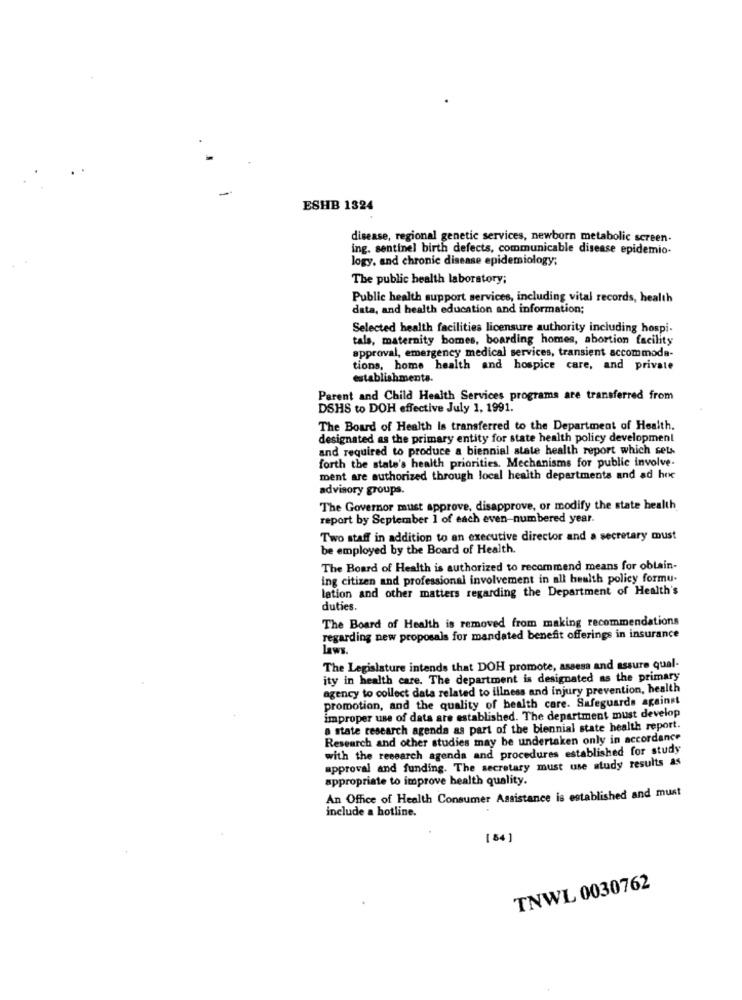
-
ESHB 1324
disease, regional genetic services, newborn metabolic screen-
ing. sentinel birth defects, communicable disease epidemio-
logy, and chronic disease epidemiology;
The public health laboratory;
Public health support services, including vital records, health
data, and health education and information;
Selected health facilities licensure authority including hospi-
tals, maternity bomes, boarding homes, abortion facility
approval, emergency medical services, transient accommoda-
tions, home health and hospice care, and private
establishments.
Parent and Child Health Services programs are transferred from
DSHS to DOH effective July 1, 1991.
The Board of Health Is transferred to the Department of Health.
designated as the primary entity for state health policy development
and required to produce a biennial state health report which sets
forth the state's health priorities. Mechanisms for public involve-
ment are authorized through local health departments and ad hoc
advisory groups.
The Governor must approve, disapprove, or modify the state health
report by September 1 of each even-numbered year.
Two staff in addition to an executive director and a secretary must
be employed by the Board of Health.
The Board of Health is authorized to recommend means for obtain-
ing citizen and professional involvement in all health policy formu-
lation and other matters regarding the Department of Health's
duties.
The Board of Health is removed from making recommendations
regarding new proposals for mandated benefit offerings in insurance
Laws.
The Legislature intends that DOH promote, assess and assure qual-
ity in health care. The department is designated as the primary
agency to collect data related to illness and injury prevention, health
promotion, and the quality of health care. Safeguards against
improper use of data are established. The department must develop
a state research agenda as part of the biennial state health report.
Research and other studies may be undertaken only in accordance
with the research agenda and procedures established for study
approval and funding. The secretary must use study results as
appropriate to improve health quality.
An Office of Health Consumer Assistance is established and must
include a hotline.
[ 84 ]
TNWL 0030762